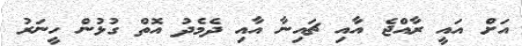
އަށް އައީ ރާއްޖެ އާއި ޗައިނާ އާއި ދެމެދު އޮތް ގުޅުން ހީނަރު